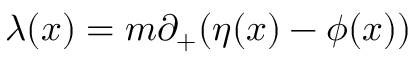
{ \lambda } ( x ) = m { \partial } _ { + } ( { \eta } ( x ) - { \phi } ( x ) )